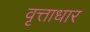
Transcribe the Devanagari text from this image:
वृत्ताधार